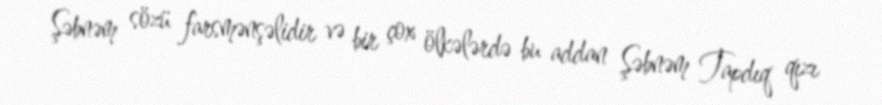
Şəbnəm sözü farsmənşəlidir və bir çox ölkələrdə bu addan Şəbnəm Tapdıq qızı